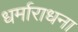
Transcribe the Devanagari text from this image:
धर्माराधना